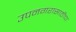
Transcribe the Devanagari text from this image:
उपनगरासाठीचा